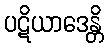
ပဋိယာဒေန္တိ